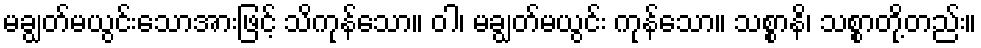
မချွတ်မယွင်းသောအားဖြင့် သိကုန်သော။ ဝါ၊ မချွတ်မယွင်း ကုန်သော။ သစ္စာနိ၊ သစ္စာတို့တည်း။